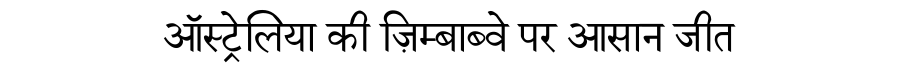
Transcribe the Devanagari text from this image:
ऑस्ट्रेलिया की ज़िम्बाब्वे पर आसान जीत